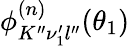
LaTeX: \phi_{K^{\prime\prime}\nu_{1}^{\prime}l^{\prime\prime}}^{(n)}(\theta_{1})